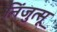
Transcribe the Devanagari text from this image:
निंजुत्सू